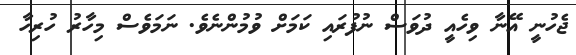
ޖެހުނީ އޭނާ ވިހެއީ ދުވަސް ނުފުރައި ކަމަށް ވުމުންނެވެ. ނަމަވެސް މިހާރު ހުރިހާ